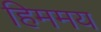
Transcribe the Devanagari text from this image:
हिममय